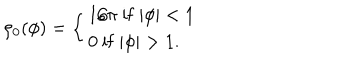
\rho _ { 0 } ( \phi ) = \left\{ \begin{matrix} { { 1 / \pi \ \mathrm { i f } \ | \phi | < 1 \hfill } } \\ { { 0 \ \mathrm { i f } \ | \phi | > 1 . \hfill } } \\ \end{matrix} \right.